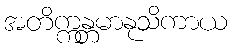
အတိက္ကန္တမာနုသိကာယ